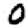
Digit: 0